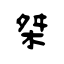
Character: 桀